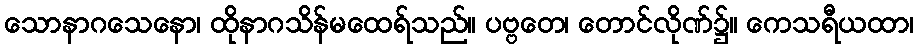
သောနာဂသေနော၊ ထိုနာဂသိန်မထေရ်သည်။ ပဗ္ဗတေ၊ တောင်လိုဏ်၌။ ကေသရီယထာ၊